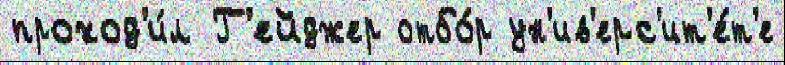
проход'и́л Г'ейджер отбо́р ун'ив'ерс'ит'е́т'е